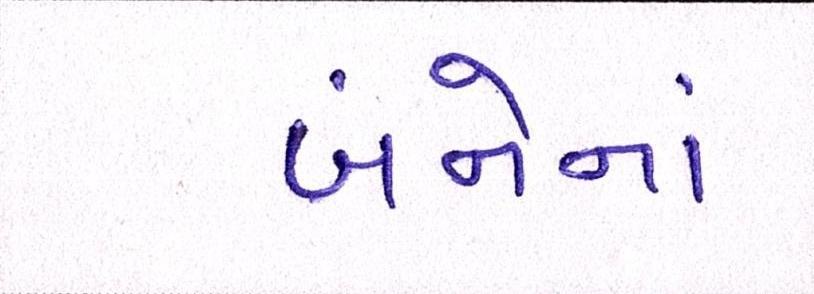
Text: બંનેનાં